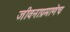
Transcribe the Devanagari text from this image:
जीवनाप्रमाणेच